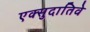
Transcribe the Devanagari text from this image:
एक्सुदातिवे